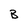
Character: B